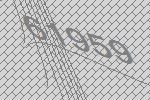
61959